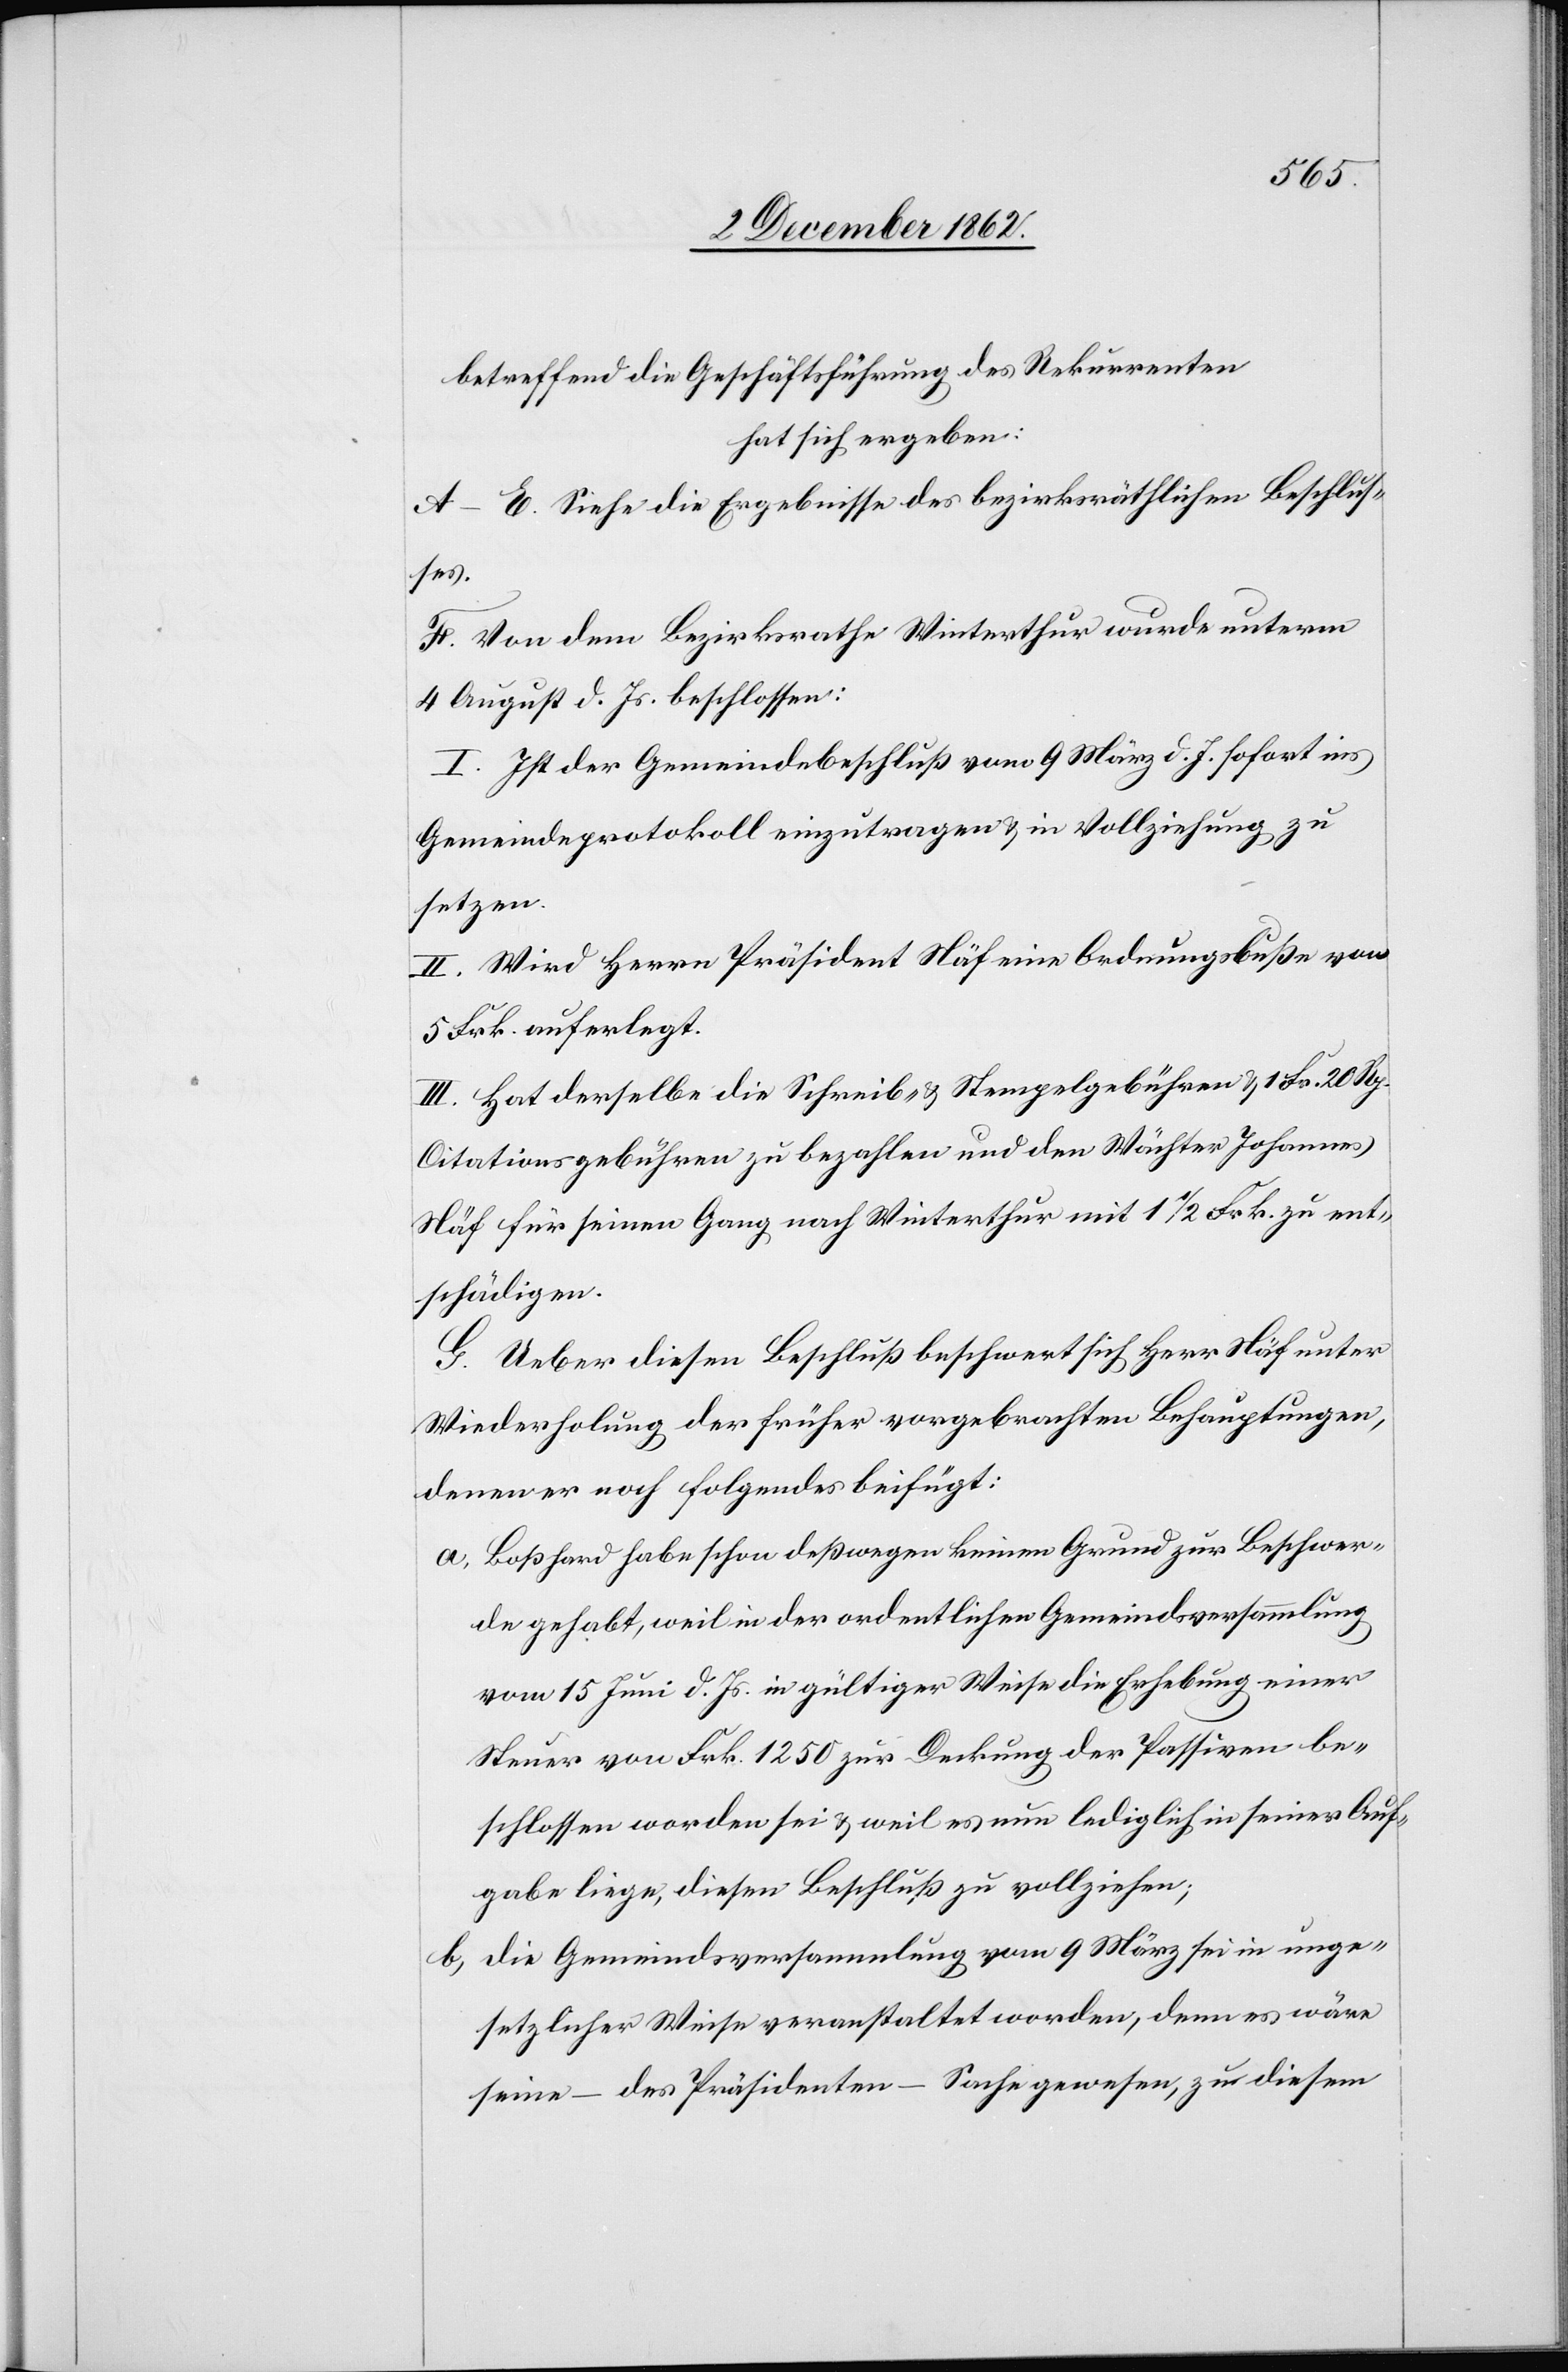
betreffend die Geschäftsführung des Rekurrenten
hat sich ergeben:
A–E. Siehe die Ergebnisse des bezirksräthlichen Beschlus¬
ses.
F. Von dem Bezirksrathe Winterthur wurde unterm
4. August d. Js. beschlossen:
I. Ist der Gemeindebeschluß vom 9. März d. J. sofort ins
Gemeindeprotokoll einzutragen u. in Vollziehung zu
setzen.
II. Wird Herrn Präsident Näf eine Ordnungsbuße von
5 Frk. auferlegt.
III. Hat derselbe die Schreib- u. Stempelgebühren u. 1 Fr. 20 Rp.
Citationsgebühren zu bezahlen und dem Wächter Johannes
Näf für seinen Gang nach Winterthur mit 1 1/2 Frk. zu ent¬
schädigen.
G. Ueber diesen Beschluß beschwert sich Herr Näf unter
Wiederholung der früher vorgebrachten Behauptungen,
denen er noch folgendes beifügt:
a. Boßhard habe schon deßwegen keinen Grund zur Beschwer¬
de gehabt, weil in der ordentlichen Gemeindsversammlung
vom 15. Juni d. Js. in gültiger Weise die Erhebung einer
Steuer von Frk. 1250 zur Deckung der Passiven be¬
schlossen worden sei u. weil es nun lediglich in seiner Auf¬
gabe liege, diesen Beschluß zu vollziehen;
b. Die Gemeindsversammlung vom 9. März sei in unge¬
setzlicher Weise veranstaltet worden, denn es wäre
seine – des Präsidenten – Sache gewesen, zu diesem